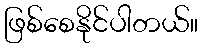
ဖြစ်စေနိုင်ပါတယ်။